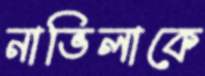
নাভিলাকে